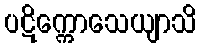
ပဋိက္ကောသေယျာသိ